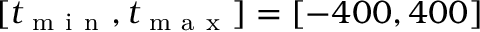
[ t _ { \mathrm { ~ m ~ i ~ n ~ } } , t _ { \mathrm { ~ m ~ a ~ x ~ } } ] = [ - 4 0 0 , 4 0 0 ]